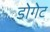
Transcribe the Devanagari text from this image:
डोगेट